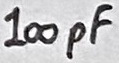
Text: 100pF